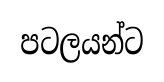
පටලයන්ට